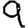
Digit: 9